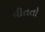
વીતતો